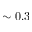
\sim 0 . 3